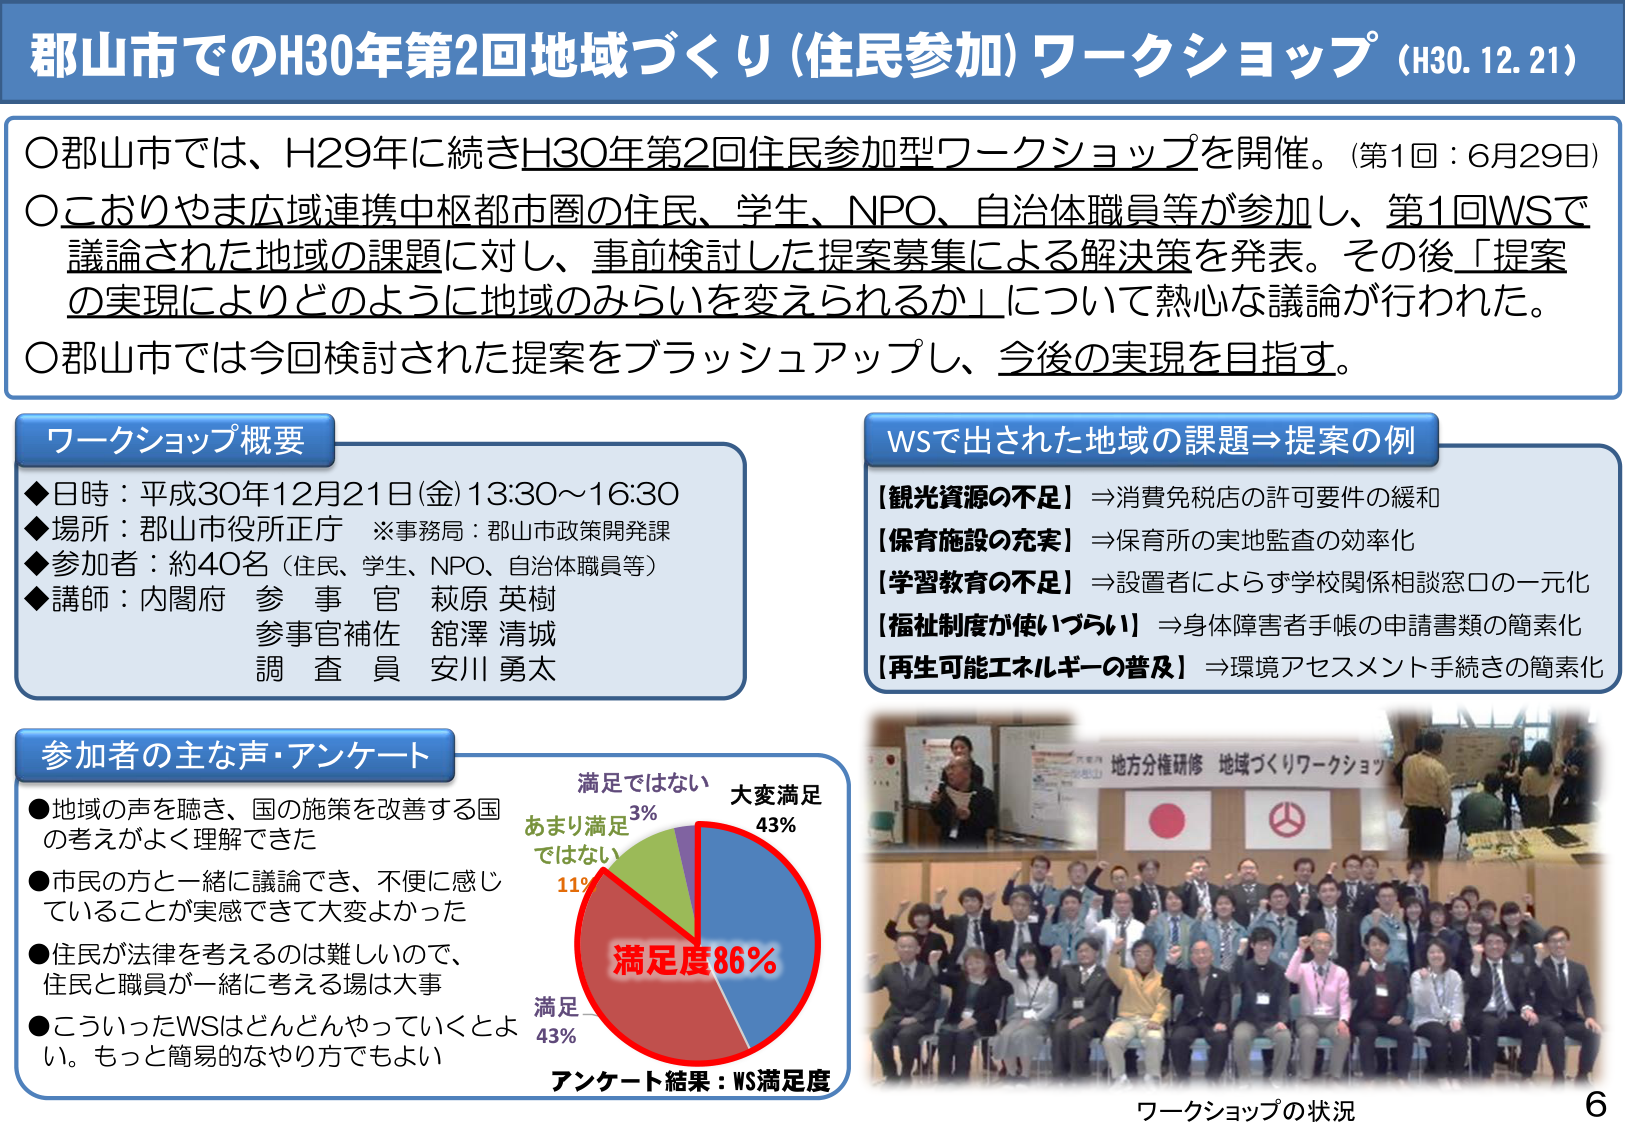
郡山市でのH30年第2回地域づくり（住民参加）ワークショップ（H30.12.21）

〇郡山市では、H29年に続きH30年第2回住民参加型ワークショップを開催。（第1回：6月29日）
〇こおりやま広域連携中枢都市圏の住民、学生、NPO、自治体職員等が参加し、第1回WSで議論された地域の課題に対し、事前検討した提案募集による解決策を発表。その後「提案の実現によりどのように地域のみらいを変えられるか」について熱心な議論が行われた。
〇郡山市では今回検討された提案をブラッシュアップし、今後の実現を目指す。

ワークショップ概要
◆日時：平成30年12月21日(金) 13:30～16:30
◆場所：郡山市役所正庁　※事務局：郡山市政策開発課
◆参加者：約40名（住民、学生、NPO、自治体職員等）
◆講師：内閣府　参事官　萩原 英樹
　　　　参事官補佐　舘澤 清城
　　　　調査員　安川 勇太

WSで出された地域の課題→提案の例
【観光資源の不足】⇒消費免税店の許可要件の緩和
【保育施設の充実】⇒保育所の実地監査の効率化
【学習教育の不足】⇒設置者による学校関係相談窓口の一元化
【福祉制度が使いづらい】⇒身体障害者手帳の申請書類の簡素化
【再生可能エネルギーの普及】⇒環境アセスメント手続きの簡素化

参加者の主な声・アンケート
●地域の声を聴き、国の施策を改善する国の考えがよく理解できた
●市民の方と一緒に議論でき、不便に感じていることが実感できて大変よかった
●住民が法律を考えるのは難しいので、住民と職員が一緒に考える場は大事
●こういったWSはどんどんやっていくとよい。もっと簡易的なやり方でもよい

満足ではない　3%
あまり満足ではない　11%
満足　43%
大変満足　43%
満足度86%
アンケート結果：WS満足度

地方分権研修　地域づくりワークショップ

ワークショップの状況
6